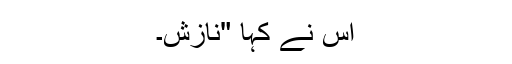
اس نے کہا "نازش۔